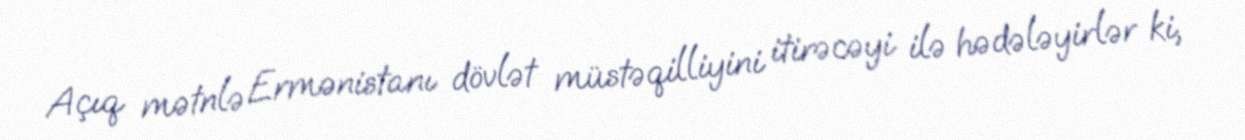
Açıq mətnlə Ermənistanı dövlət müstəqilliyini itirəcəyi ilə hədələyirlər ki,